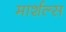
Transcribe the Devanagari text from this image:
मार्शल्स